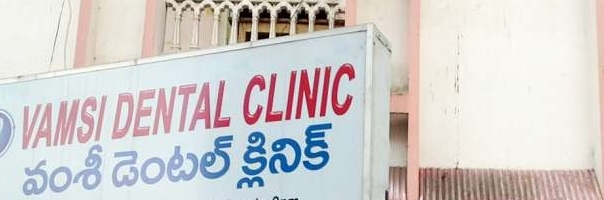
Language: telugu
Transcription: వంశీ క్లినిక్